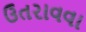
ઉતરાવવા